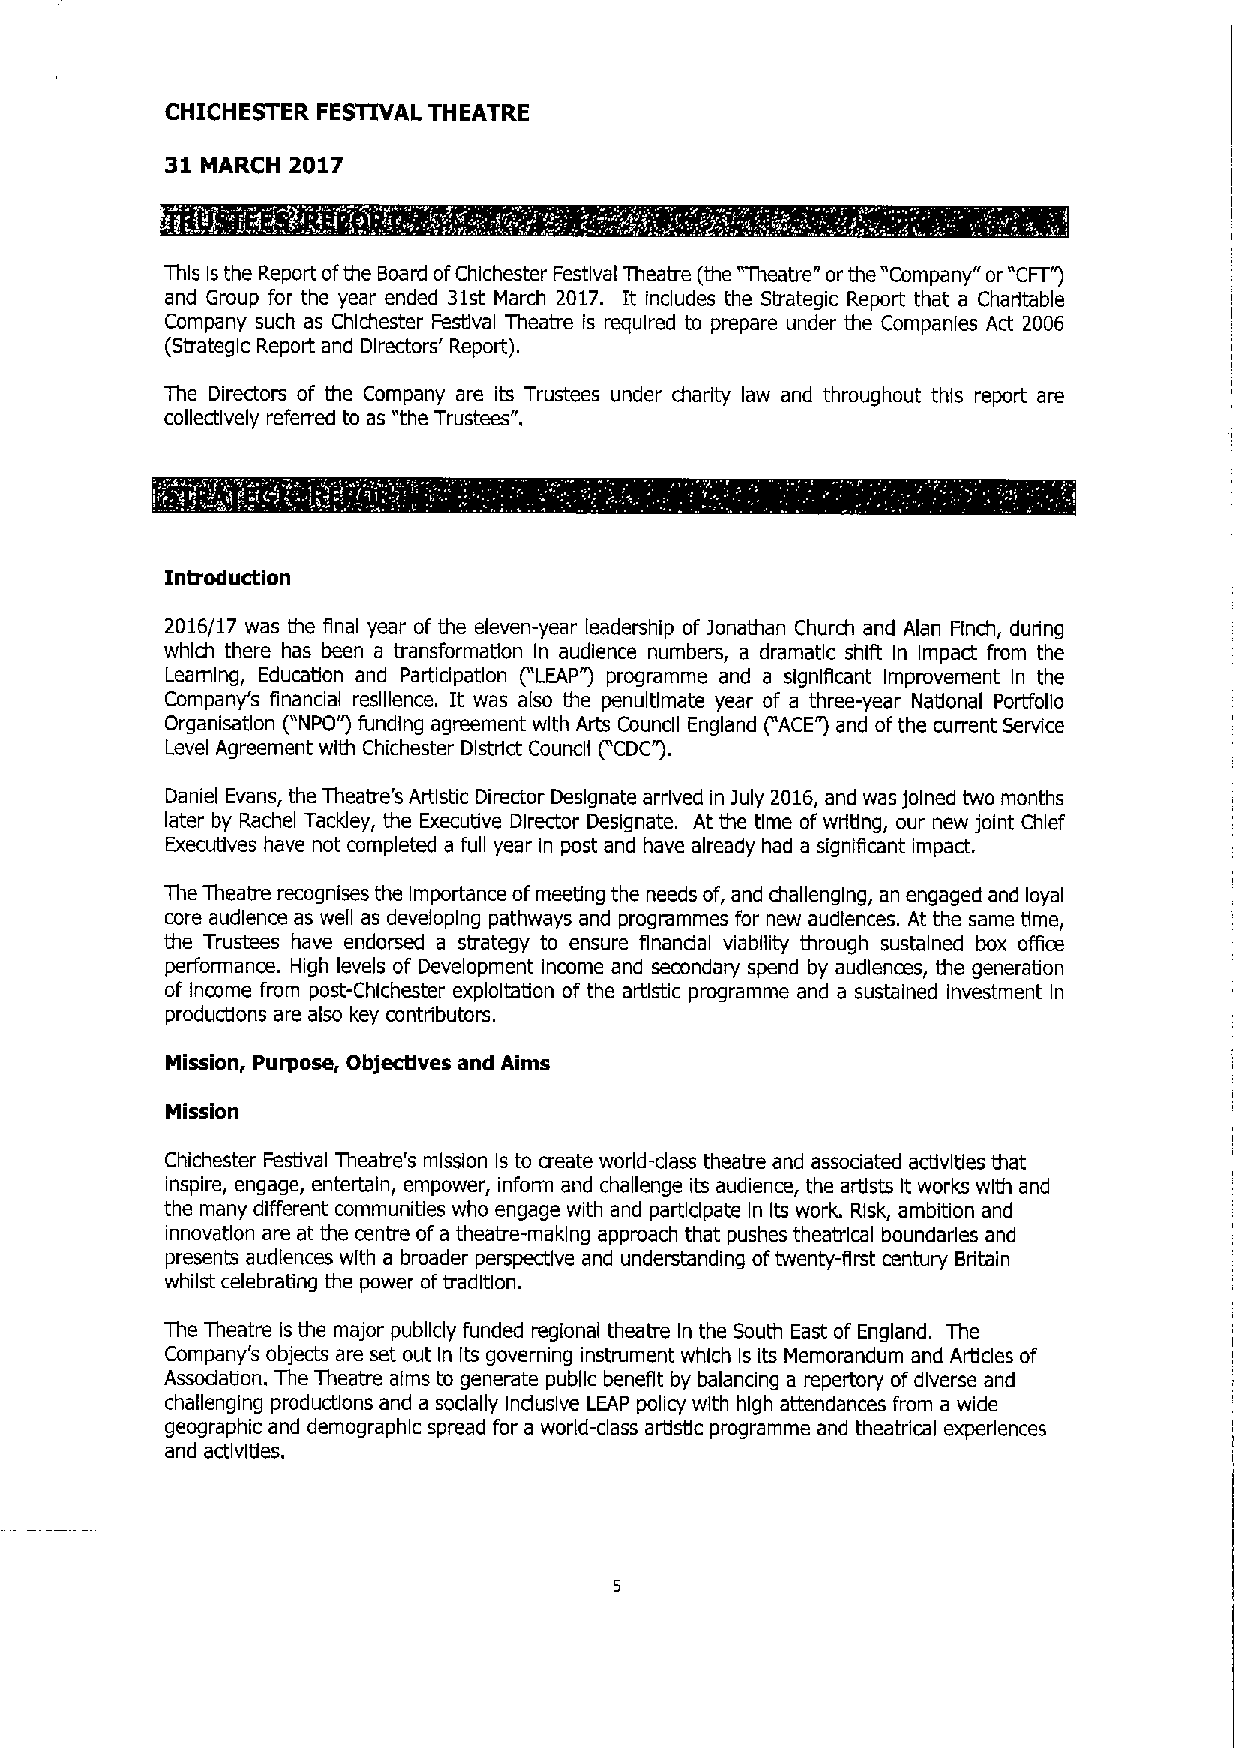
CHICHESTER FESTIVAL THEATRE
 31 MARCH 2017
 This Isthe Report ofthe Board ofChichester Festival Theatre (the "Theatre" or the "Company" or "CFT )
 and Group for the year ended 31st March 2017. It includes the Strategic Report that a Charitable
 Company such as Chlchester Festival Theatre is required to prepare under the Companies Act 2006
 (Strategic Report and Directors' Report).
 The Directors of the Company are its Trustees under charity law and throughout this report are
 collectively referred to as "the Trustees".
 Introduction
 2016/17 was the final year of the eleven-year leadership of jonathan Church and Alan Finch, during
 which there has been a transformation In audience numbers, a dramatic shiit In Impact from the
 Learnln, Education and Participation (" LEAP") programme and a significant Improvement In the
 Company's financial resilience. It was also the penultimate year of a three-year National Porffollo
 Organisatlon ("NPO") funding agreement with Arts Council England ("ACE")and ofthe current Service
 Level Agreement with Chichester District Council ("CDC").
 Daniel Evans, the Theatre's Artistic Director Designate arrived in july 2016,and was joined two months
 later by Rachel Tackley, the Executive Director Designate. At the time of writing, our new joint Chief
 Executives have not completed a full year in post and have already had a significant impact.
 The Theatre recognises the importance ofmeeting the needs of, and challenging, an engaged and loyal
 core audience as well as developing pathways and programmes for new audiences. At the same time,
 the Trustees have endorsed a strategy to ensure financial viability through sustained box office
 performance. High levels of Development income and secondary spend by audiences, the generation
 of Income from post-Chlchester exploitation of the artistic programme and a sustained investment in
 productions are also key contributors.
 Mission, Purpose, ObjecUves and Aims
 Mission
 Chichester Festival Theatre's mission Is to create world-class theatre and associated activities that
 inspire, engage, entertain, empower, inform and challenge its audience, the artists It works with and
 the many different communities who engage with and participate In Its work. Risk, ambition and
 innovation are at the centre ofa theatre-making approach that pushes theatrical boundaries and
 presents audiences with a broader perspective and understanding oftwenty-first century Britain
 whilst celebrating the power oftradition.
 The Theatre is the major publicly funded regional theatre In the South East of England. The
 Company's objects are set out In Its governing instrument which Is its Memorandum and Articles of
 Assodation. The Theatre alms to generate public benefit by balancing a repertory ofdiverse and
 challenging productions and a socially Induslve LEAP policy with high attendances from a wide
 geographic and demographic spread for a world-class artistic programme and theatrical experiences
 and activities.